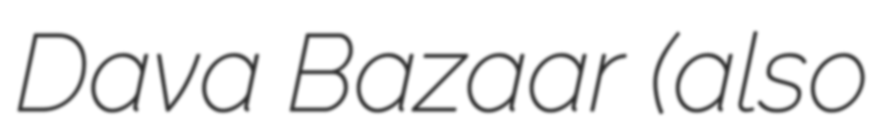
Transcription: Dava Bazaar (also